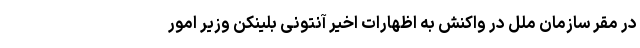
در مقر سازمان ملل در واکنش به اظهارات اخیر آنتونی بلینکن وزیر امور